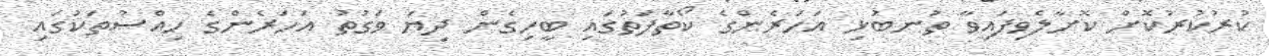
ކުރުކުރުކޮށް ކޮށާލެވިފައިވާ ތުނބުޅި އަހަރެންގެ ކޯތާފަތުގައި ބީހިގެން ދިޔަ ވަގުތު އަހަރެންގެ ހިއްސުތަކުގައި